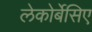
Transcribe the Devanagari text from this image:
लेकोर्बेसिए